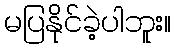
မပြနိုင်ခဲ့ပါဘူး။